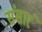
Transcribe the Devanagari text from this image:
संसारं